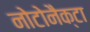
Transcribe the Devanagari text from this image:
नोटोनैक्टा